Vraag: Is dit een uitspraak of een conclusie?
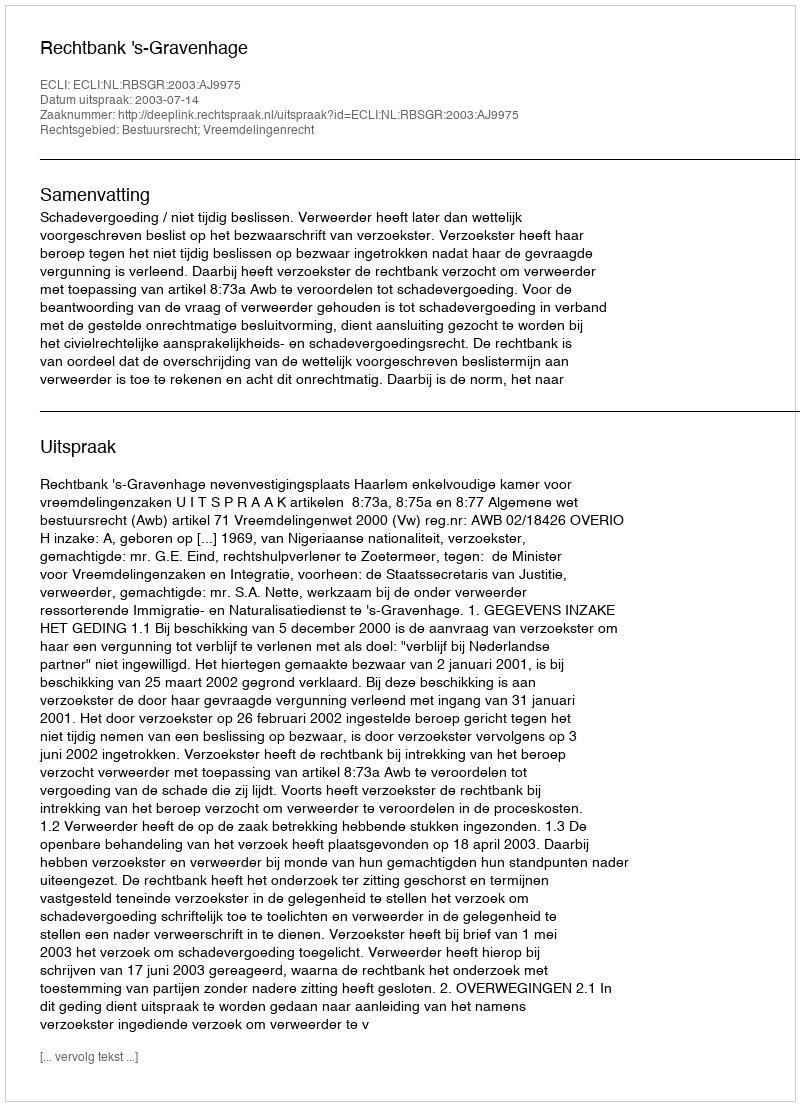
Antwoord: Uitspraak